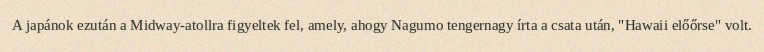
A japánok ezután a Midway-atollra figyeltek fel, amely, ahogy Nagumo tengernagy írta a csata után, "Hawaii előőrse" volt.